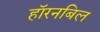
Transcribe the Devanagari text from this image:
हॉरनबिल